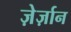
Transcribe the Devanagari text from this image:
ज़ेर्ज़ान